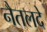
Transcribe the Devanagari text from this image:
नैतलदे